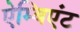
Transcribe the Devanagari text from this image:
ऐम्बिएंट